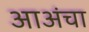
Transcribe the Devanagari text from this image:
आअंचा